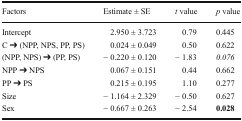
<table><thead><tr><td><b>Factors</b></td><td><b>Estimate ± SE</b></td><td><b><i>t</i> value</b></td><td><b><i>p</i> value</b></td></tr></thead><tbody><tr><td>Intercept</td><td>2.950 ± 3.723</td><td>0.79</td><td>0.445</td></tr><tr><td>C ➔ (NPP, NPS, PP, PS)</td><td>0.024 ± 0.049</td><td>0.50</td><td>0.622</td></tr><tr><td>(NPP, NPS) ➔ (PP, PS)</td><td>− 0.220 ± 0.120</td><td>− 1.83</td><td><i>0.076</i></td></tr><tr><td>NPP ➔ NPS</td><td>0.067 ± 0.151</td><td>0.44</td><td>0.662</td></tr><tr><td>PP ➔ PS</td><td>0.215 ± 0.195</td><td>1.10</td><td>0.277</td></tr><tr><td>Size</td><td>− 1.164 ± 2.329</td><td>− 0.50</td><td>0.627</td></tr><tr><td>Sex</td><td>− 0.667 ± 0.263</td><td>− 2.54</td><td><b>0.028</b></td></tr></tbody></table>